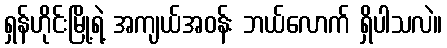
ရှန်ဟိုင်းမြို့ရဲ့ အကျယ်အဝန်း ဘယ်လောက် ရှိပါသလဲ။